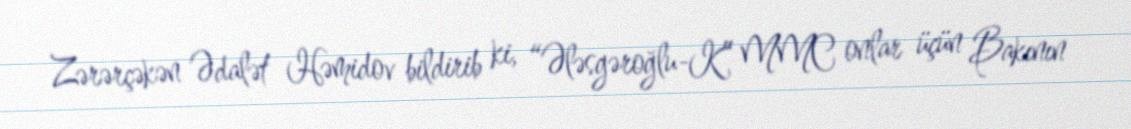
Zərərçəkən Ədalət Həmidov bildirib ki, “Ələsgəroğlu-K” MMC onlar üçün Bakının